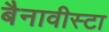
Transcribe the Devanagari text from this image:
बैनावीस्टा